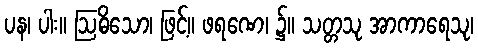
ပန၊ ပါး။ ဩဓိသော၊ ဖြင့်။ ဖရဏေ၊ ၌။ သတ္တသု အာကာရေသု၊